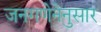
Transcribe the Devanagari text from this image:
जनगणेनेनुसार